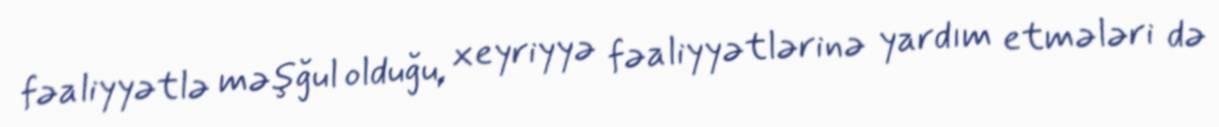
fəaliyyətlə məşğul olduğu, xeyriyyə fəaliyyətlərinə yardım etmələri də